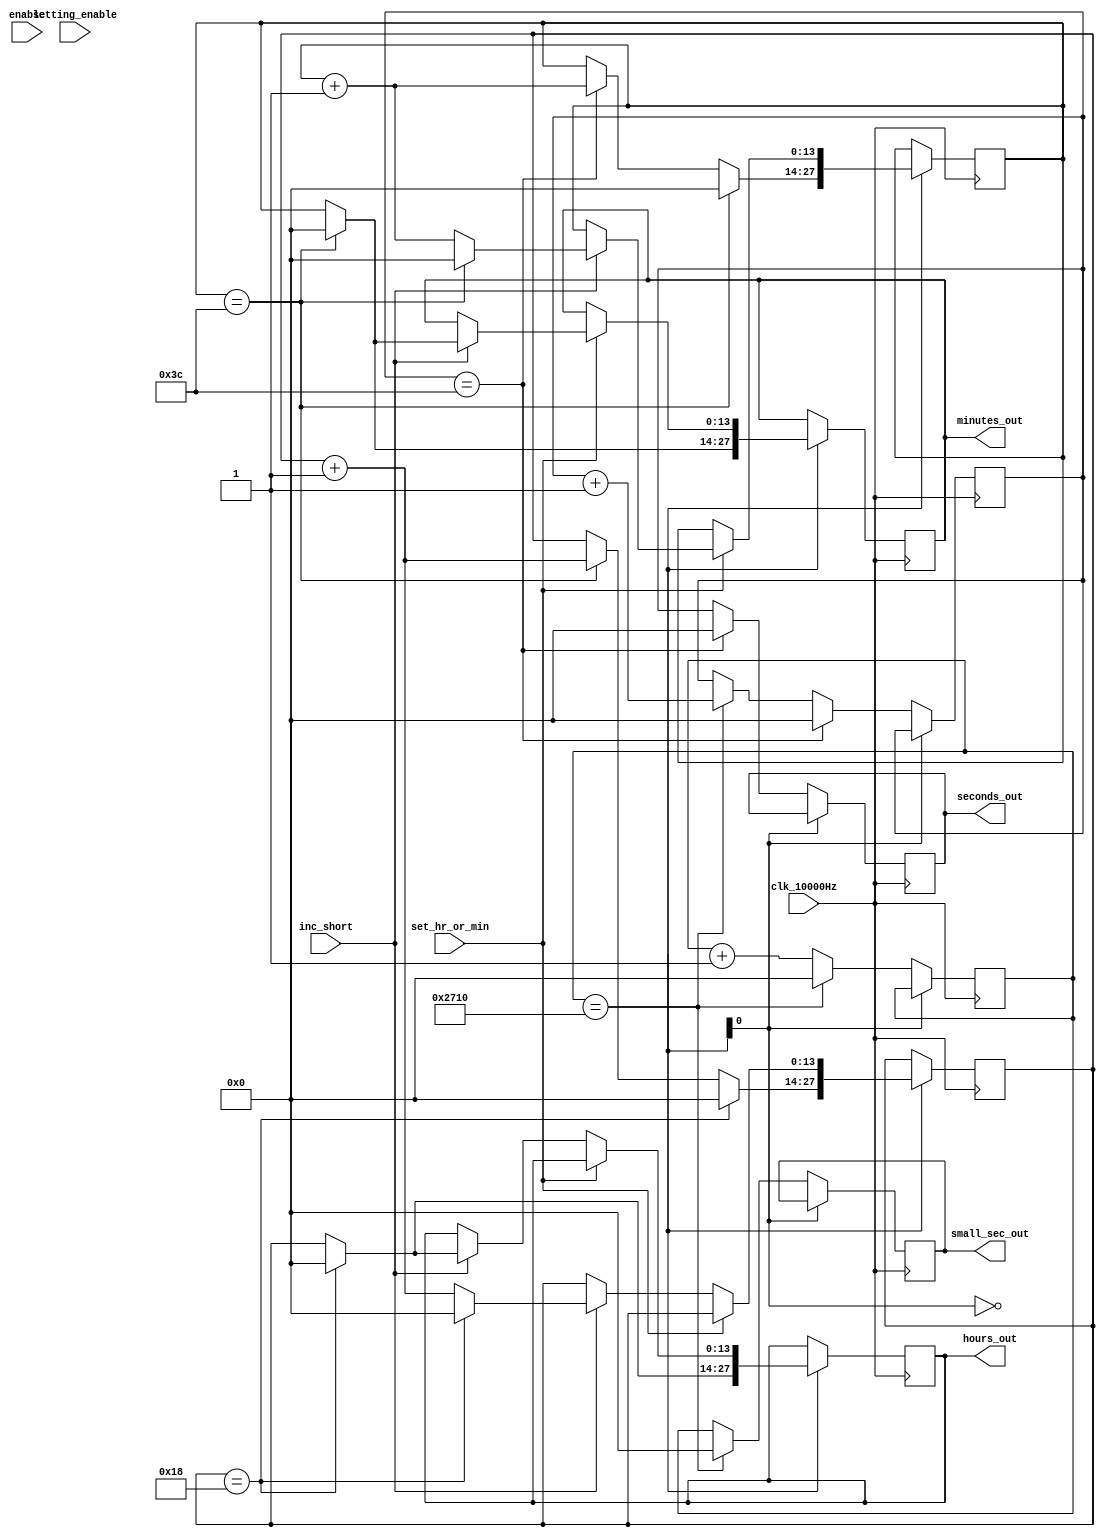
module counter(

    input clk_10000Hz,
    //input clk,
    input enable,
    input setting_enable,
    input set_hr_or_min, //hr0, min1
    input inc_short,

    output reg [13:0] small_sec_out, //14bits
    output reg [13:0] seconds_out, //6bits
    output reg [13:0] minutes_out, //6bits
    output reg [13:0] hours_out //5bits

);

reg [13:0] small_sec; //14bits
reg [13:0] seconds; //6bits
reg [13:0] minutes; //6bits
reg [13:0] hours; //5bits

initial begin
    small_sec <= 0;
    seconds <= 0;
    minutes <= 0;
    hours <= 0;
end

initial begin
    small_sec <= 0;
    seconds <= 0;
    minutes <= 0;
    hours <= 0;
end

reg state, stateNext;

parameter countmode = 0, setmode = 1;

initial begin
    
    stateNext = countmode;

end


always @(posedge clk_10000Hz) begin

    case (state)

        countmode: begin
            small_sec <= small_sec + 1;

            if (small_sec == 14'b10011100010000) begin
                small_sec_out <= 0;
                small_sec <= 0;
                seconds <= seconds + 1;
            end
            else small_sec_out <= small_sec;
            
            if(seconds == 14'b111100) begin
                seconds_out <= 0;
                seconds <= 0;
                minutes <= minutes + 1;
            end
            else seconds_out <= seconds;
            
            if(minutes == 14'b111100) begin
                minutes_out <= 0; 
                minutes <= 0;
                hours <= hours + 1;
            end
            else minutes_out <= minutes;
            
            if(hours ==  14'b11000) begin
                hours_out <= 0;
                hours <= 0;
            end
            else hours_out <= hours;

            stateNext = countmode;
            if (enable == 0 && setting_enable == 1) stateNext = setmode;
        end

        setmode: begin

            if (set_hr_or_min == 0) begin //hr

                if (inc_short == 1) begin
                    hours <= hours + 1;
                    if (hours == 24) begin
                        hours <= 0;
                        hours_out <= 0;
                    end
                    else hours_out <= hours;
                end

            end

            else if (set_hr_or_min == 1) begin //min

                if (inc_short == 1) begin
                    minutes <= minutes + 1;
                    if (minutes == 60) begin
                        minutes <= 0;
                        minutes_out <= 0;
                    end
                    else minutes_out <= minutes;
                end

            end

            stateNext = setmode;
            if (enable == 1 && setting_enable == 0) stateNext = countmode;
        end

    endcase

end

endmodule